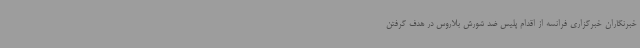
خبرنگاران خبرگزاری فرانسه از اقدام پلیس ضد شورش بلاروس در هدف گرفتن